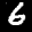
Label: 6